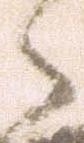
々